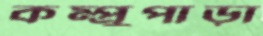
কম্প্রুপাড়া